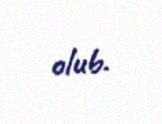
olub.